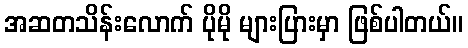
အဆတသိန်းလောက် ပိုမို များပြားမှာ ဖြစ်ပါတယ်။